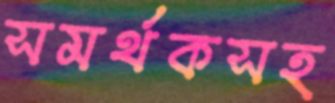
সমর্থকসহ